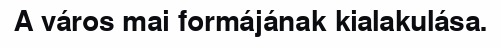
A város mai formájának kialakulása.